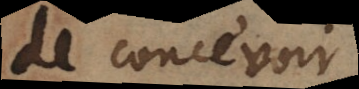
de concevoir.